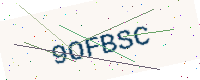
Text: 9OFBSC